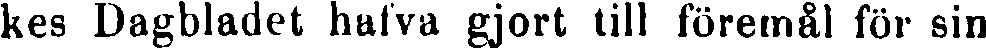
kes Dagbladet hafva gjort till föremål för sin